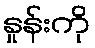
နှုန်းကို